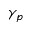
\gamma _ { p }